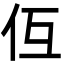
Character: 仾